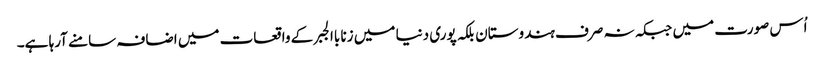
اُس صورت میں جبکہ نہ صرف ہندوستان بلکہ پوری دنیا میں زنا باالجبر کے واقعات میں اضافہ سامنے آرہا ہے۔